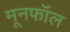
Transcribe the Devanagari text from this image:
मूनफॉल